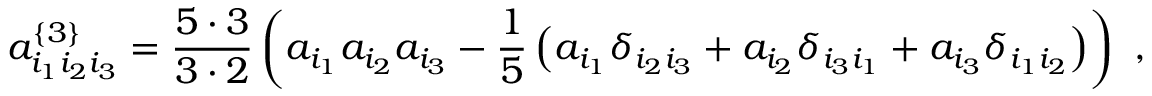
a _ { i _ { 1 } i _ { 2 } i _ { 3 } } ^ { \left\{ 3 \right\} } = \frac { 5 \cdot 3 } { 3 \cdot 2 } \left( a _ { i _ { 1 } } a _ { i _ { 2 } } a _ { i _ { 3 } } - \frac { 1 } { 5 } \left( a _ { i _ { 1 } } \delta _ { i _ { 2 } i _ { 3 } } + a _ { i _ { 2 } } \delta _ { i _ { 3 } i _ { 1 } } + a _ { i _ { 3 } } \delta _ { i _ { 1 } i _ { 2 } } \right) \right) \ ,